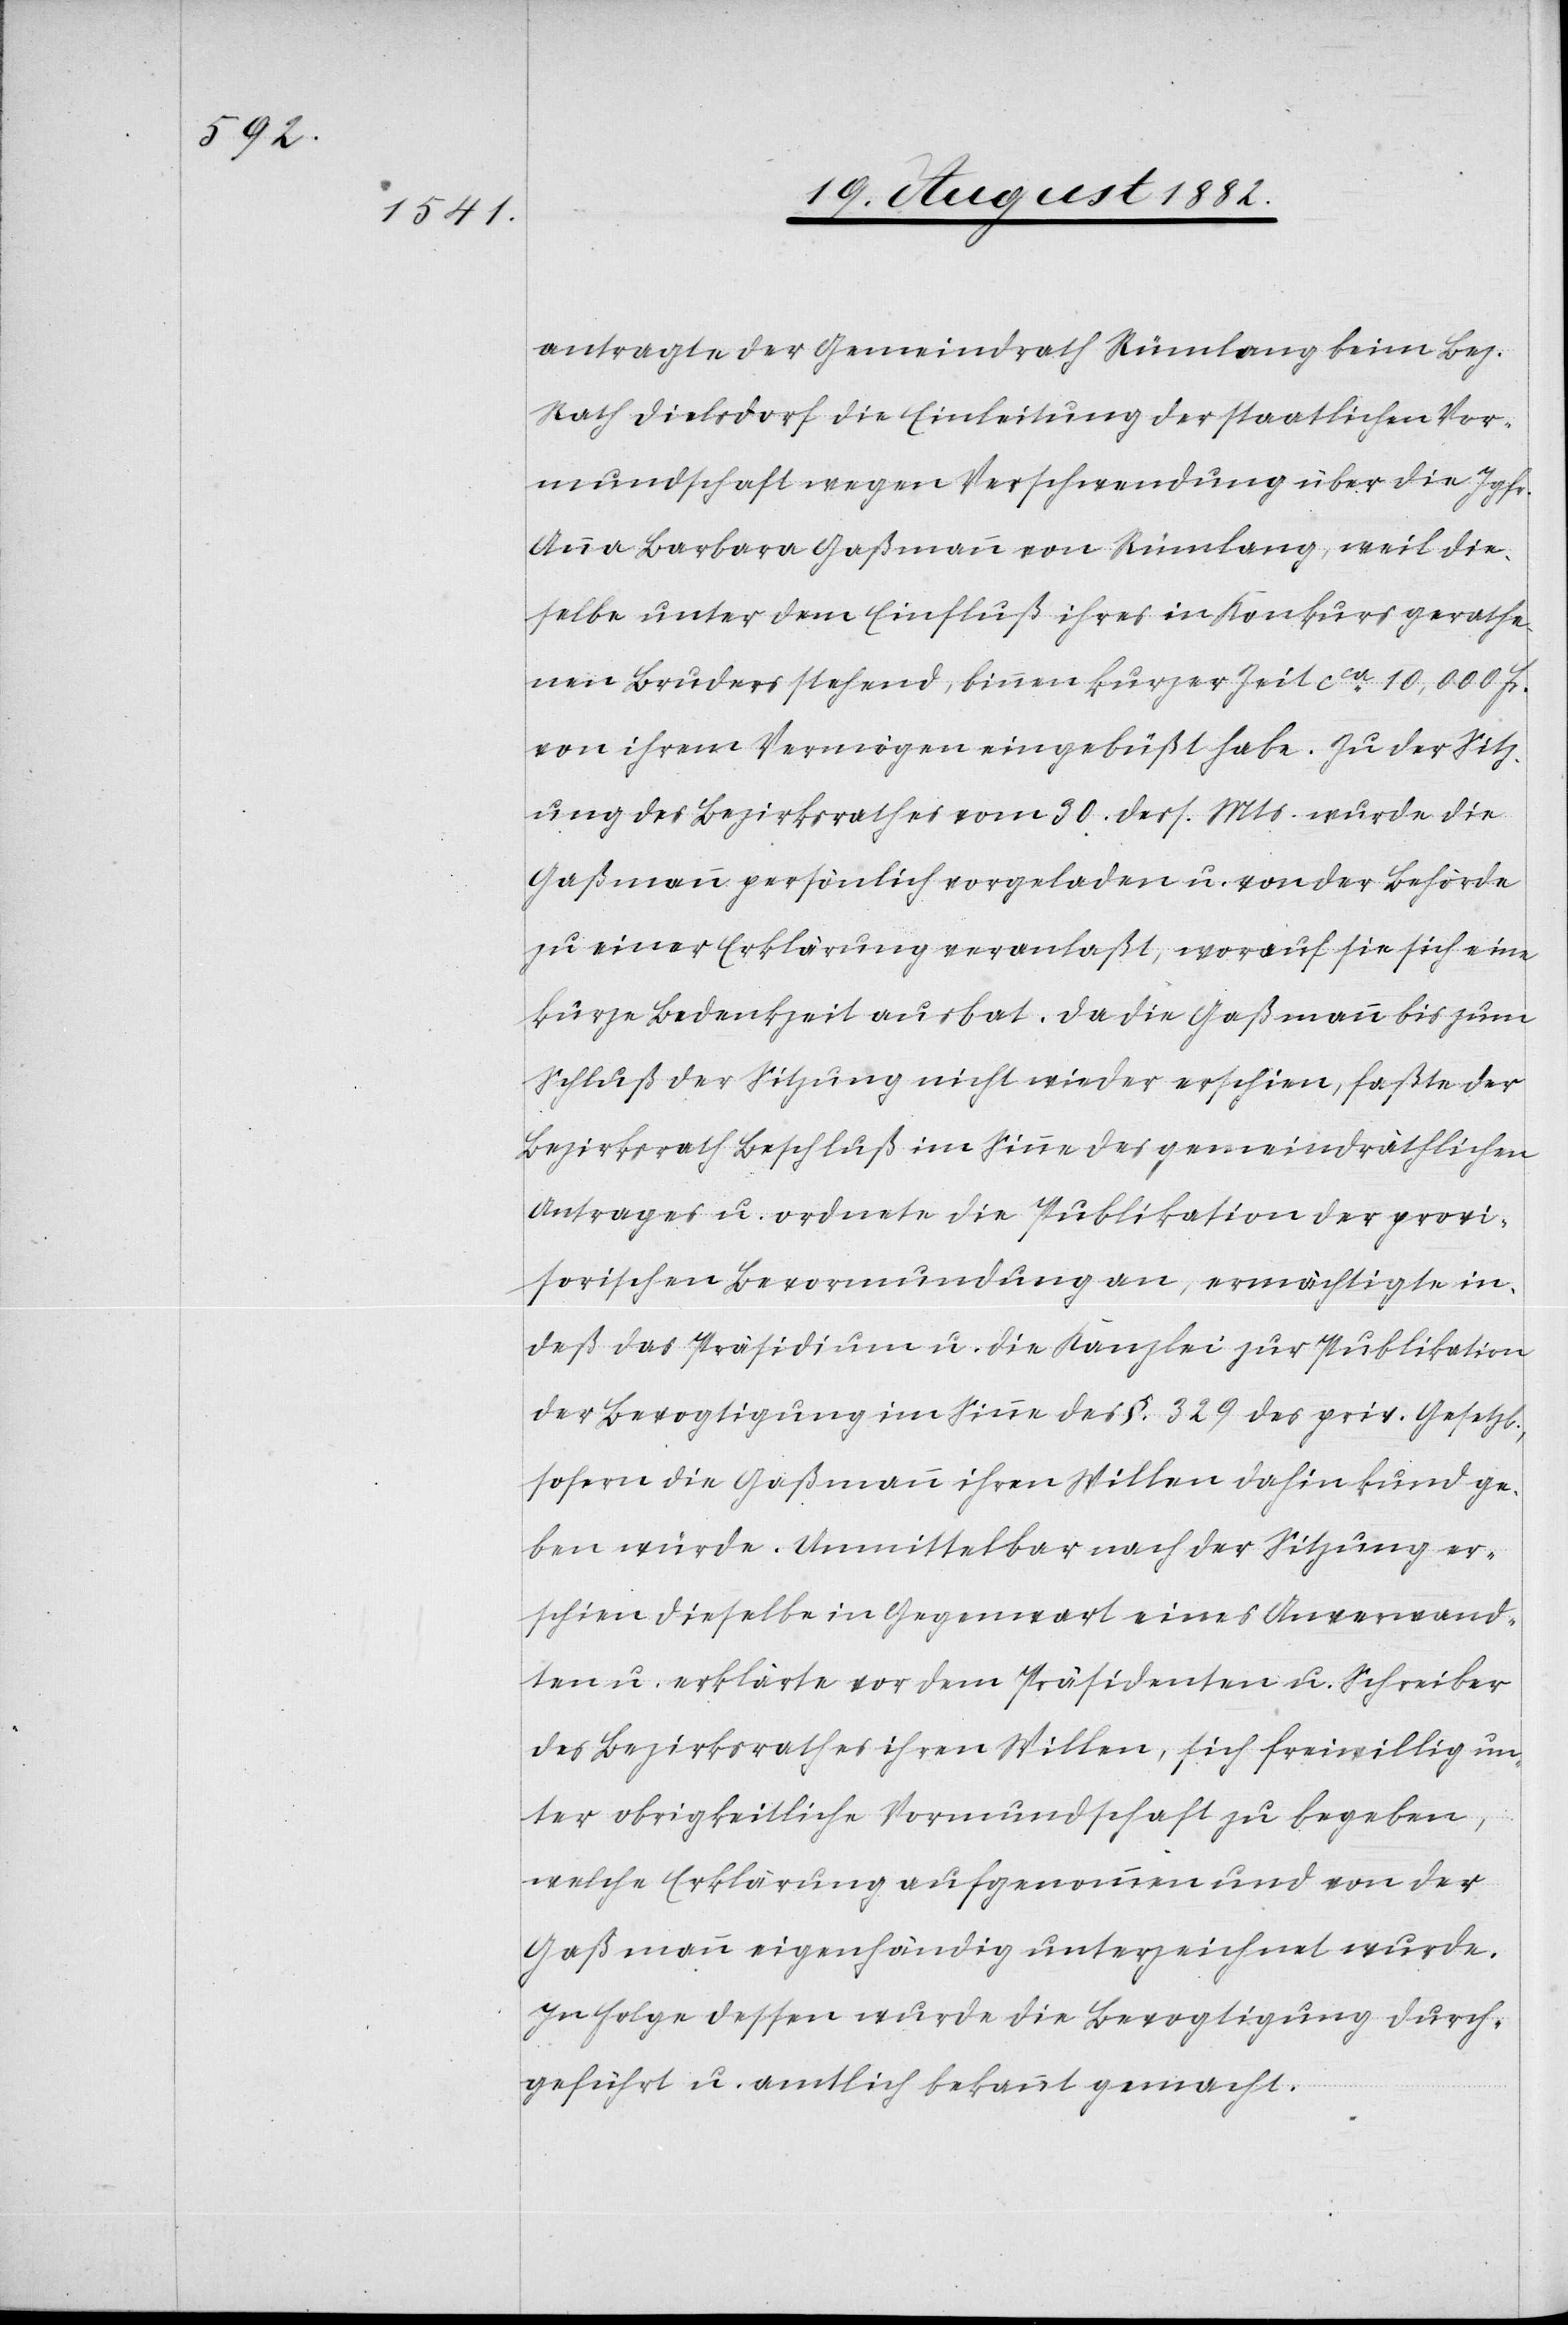
antragte der Gemeindrath Rümlang beim Bez.
Rathe Dielsdorf die Einleitung der staatlichen Vor¬
mundschaft wegen Verschwendung über die Jgfr.
Anna Barbara Gaßmann von Rümlang, weil die¬
selbe unter dem Einfluß ihres in Konkurs gerathe¬
nen Bruders stehend, binnen kurzer Zeit ca 10,000 Fr.
von ihrem Vermögen eingebüßt habe. Zu der Sitz¬
ung des Bezirksrathes vom 30. dess. Mts. wurde die
Gaßmann persönlich vorgeladen u. von der Behörde
zu einer Erklärung veranlaßt, worauf sie sich eine
kurze Bedenkzeit ausbat. Da die Gaßmann bis zum
Schluß der Sitzung nicht wieder erschien, faßte der
Bezirksrath Beschluß im Sinne des gemeindräthlichen
Antrages u. ordnete die Publikation der provi¬
sorischen Bevormundung an, ermächtigte in¬
deß das Präsidium u. die Kanzlei zur Publikation
der Bevogtigung im Sinne des §. 329 des priv. Gesetzb.,
sofern die Gaßmann ihren Willen dahin kund ge¬
ben würde. Unmittelbar nach der Sitzung er¬
schien dieselbe in Gegenwart eines Anverwand¬
ten u. erklärte vor dem Präsidenten u. Schreiber
des Bezirksrathes ihren Willen, sich freiwillig un¬
ter obrigkeitliche Vormundschaft zu begeben,
welche Erklärung aufgenommen und von der
Gaßmann eigenhändig unterzeichnet wurde.
In Folge dessen wurde die Bevogtigung durch¬
geführt u. amtlich bekannt gemacht.